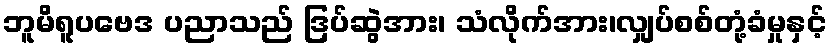
ဘူမိရူပဗေဒ ပညာသည် ဒြပ်ဆွဲအား၊ သံလိုက်အား၊လျှပ်စစ်တုံ့ခံမှုနှင့်